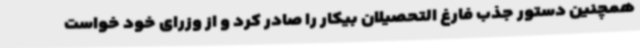
همچنین دستور جذب فارغ التحصیلان بیکار را صادر کرد و از وزرای خود خواست